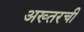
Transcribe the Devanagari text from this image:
अख्तरची